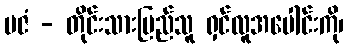
ပဇံ - တိုင်းသားပြည်သူ ရှင်လူအပေါင်းကို၊